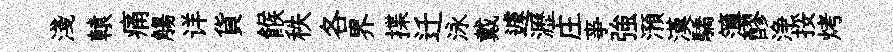
淺轅痛觴详貨餱秩各界揲迁泳戴遽瀝庄亊強澦漢驕簿醪浄挼烤